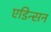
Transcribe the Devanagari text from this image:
एडिन्सन